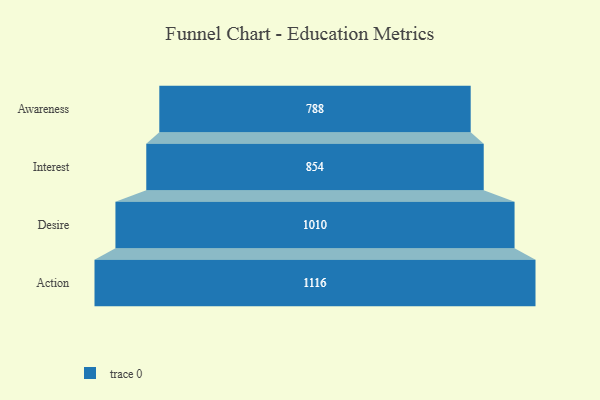
{"axis": {"x": "Stage", "y": "Value"}, "legend": [""], "data": [{"x": "Awareness", "y": 788.0, "type": ""}, {"x": "Interest", "y": 854.0, "type": ""}, {"x": "Desire", "y": 1010.0, "type": ""}, {"x": "Action", "y": 1116.0, "type": ""}]}